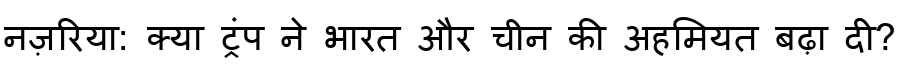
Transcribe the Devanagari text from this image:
नज़रिया: क्या ट्रंप ने भारत और चीन की अहमियत बढ़ा दी?